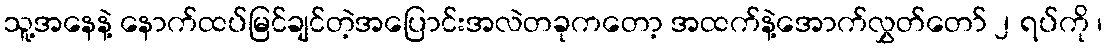
သူ့အနေနဲ့ နောက်ထပ်မြင်ချင်တဲ့အပြောင်းအလဲတခုကတော့ အထက်နဲ့အောက်လွှတ်တော် ၂ ရပ်ကို ၊